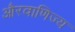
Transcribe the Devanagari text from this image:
औरवाणिज्य